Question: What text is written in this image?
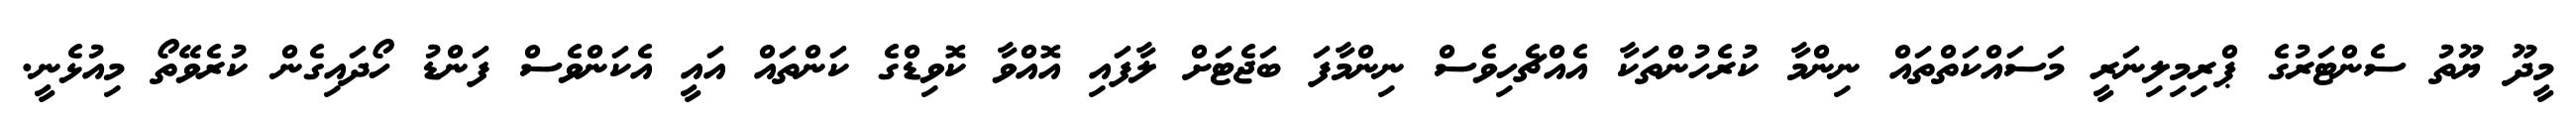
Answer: މީދޫ ޔޫތު ސެންޓަރުގެ ޕްރިމިލިނަރީ މަސައްކަތްތައް ނިންމާ ކުރެހުންތަކާ އެއްޗެހިވެސް ނިންމާފަ ބަޖެޓަށް ލާފައި އޮއްވާ ކޮވިޑްގެ ކަންތައް އައީ އެކަންވެސް ފަންޑު ހޯދައިގެން ކުރެވޭތޯ މިއުޅެނީ.